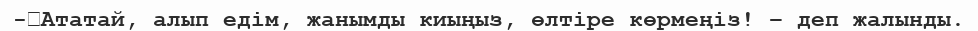
-	Ататай, алып едім, жанымды киыңыз, өлтіре көрмеңіз! – деп жалынды.